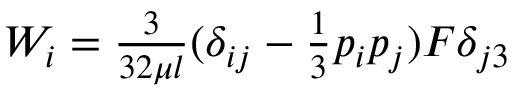
\begin{array} { r } { W _ { i } = \frac { 3 } { 3 2 \mu l } ( \delta _ { i j } - \frac { 1 } { 3 } p _ { i } p _ { j } ) F \delta _ { j 3 } } \end{array}